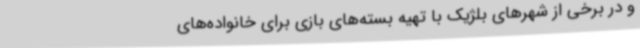
و در برخی از شهرهای بلژیک با تهیه بسته‌های بازی برای خانواده‌های